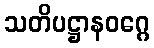
သတိပဋ္ဌာနဝဂ္ဂေ